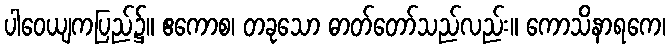
ပါဝေယျကပြည်၌။ ဧကောစ၊ တခုသော ဓာတ်တော်သည်လည်း။ ကောသိနာရကေ၊